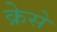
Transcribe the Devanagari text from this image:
क्रेसे